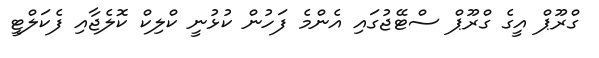
ގްރޫޕް އީގެ ގްރޫޕް ސްޓޭޖުގައި އެންމެ ފަހުން ކުޅުނީ ކްލިކް ކޮލެޖާއި ފެކަލްޓީ